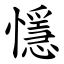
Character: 懚